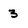
Character: 3